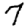
Digit: 7